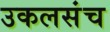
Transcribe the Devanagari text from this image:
उकलसंच